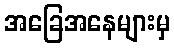
အခြေအနေများမှ